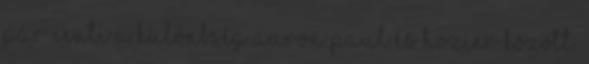
pár centi a különbség Aaron Paul és Hozier között.